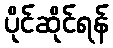
ပိုင်ဆိုင်ရန်